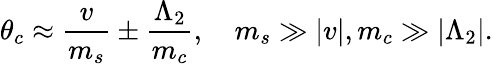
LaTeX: \theta_{c}\approx\frac{v}{m_{s}}\pm\frac{\Lambda_{2}}{m_{c}},\quad m_{s}\gg\vert v\vert,m_{c}\gg\vert\Lambda_{2}\vert.